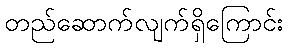
တည်ဆောက်လျက်ရှိကြောင်း